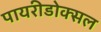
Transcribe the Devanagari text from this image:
पायरीडोक्सल